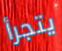
يتجرأ